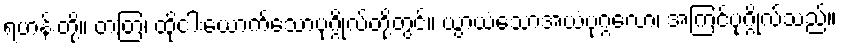
ရဟန်းတို့။ တတြ၊ ထိုငါးယောက်သောပုဂ္ဂိုလ်တို့တွင်။ ယွာယံသောအယံပုဂ္ဂလော၊ အကြင်ပုဂ္ဂိုလ်သည်။